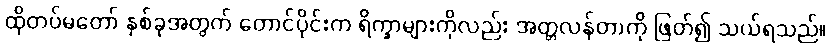
ထိုတပ်မတော် နှစ်ခုအတွက် တောင်ပိုင်းက ရိက္ခာများကိုလည်း အတ္တလန်တာကို ဖြတ်၍ သယ်ရသည်။